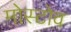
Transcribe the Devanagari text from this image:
मोस्टोव